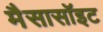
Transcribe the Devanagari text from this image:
मैसासॉइट